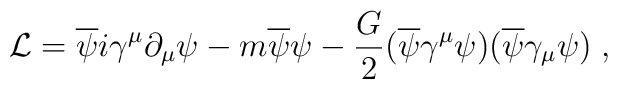
{\cal L} = \overline{\psi}i\gamma^{\mu}\partial_{\mu}\psi  - m\overline{\psi}\psi -\frac{G}{2}(\overline{\psi}\gamma^{\mu}\psi)(\overline{\psi}\gamma_{\mu}\psi)\; ,